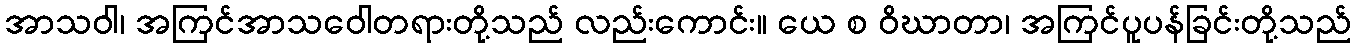
အာသဝါ၊ အကြင်အာသဝေါတရားတို့သည် လည်းကောင်း။ ယေ စ ဝိဃာတာ၊ အကြင်ပူပန်ခြင်းတို့သည်